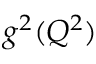
g ^ { 2 } ( Q ^ { 2 } )